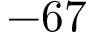
- 6 7